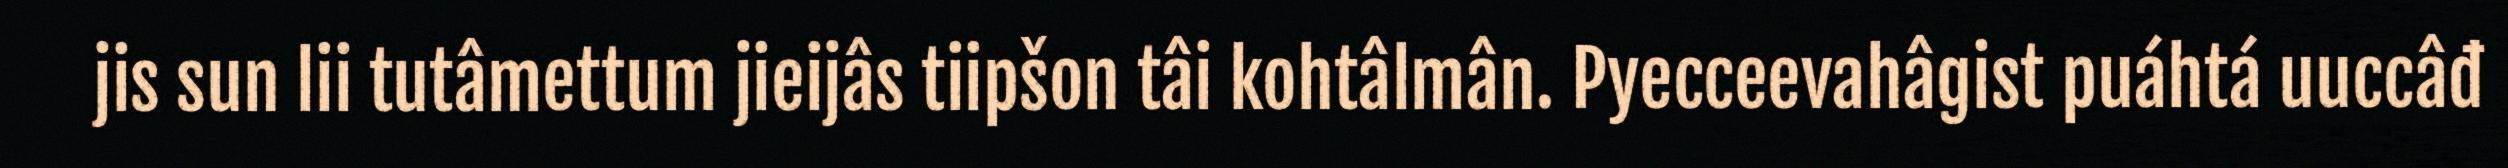
jis sun lii tutâmettum jieijâs tiipšon tâi kohtâlmân. Pyecceevahâgist puáhtá uuccâđ